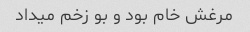
مرغش خام بود و بو زخم میداد